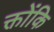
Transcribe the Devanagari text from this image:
क्तोंकि